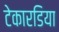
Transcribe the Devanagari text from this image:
टेकारडिया